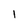
Character: 1